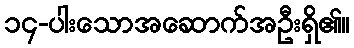
၁၄-ပါးသောအဆောက်အဦးရှိ၏။